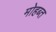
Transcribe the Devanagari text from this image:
मोहब्त